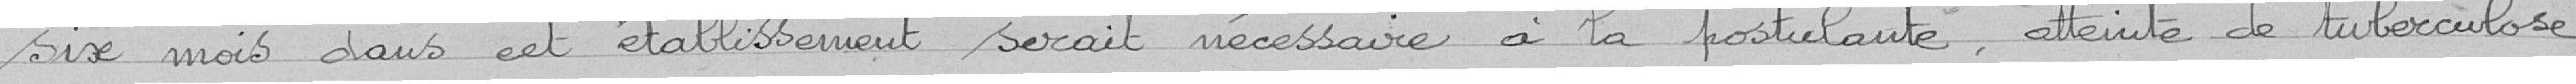
six mois dans cet établissement, serait nécessaire à la postulante, atteinte de tuberculose,